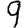
Digit: 9